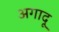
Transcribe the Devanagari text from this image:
अगादू